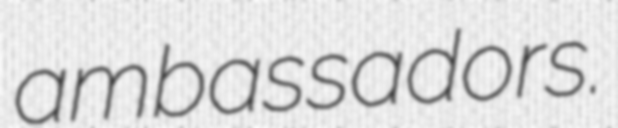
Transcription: ambassadors.